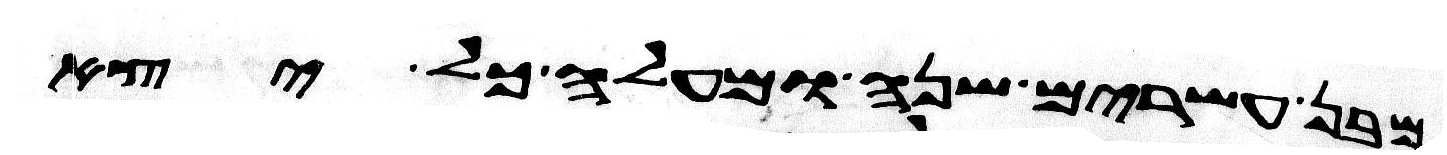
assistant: מבן עשרים שנה ומעלה כל יצא